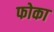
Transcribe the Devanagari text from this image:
फोका